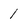
Character: 1